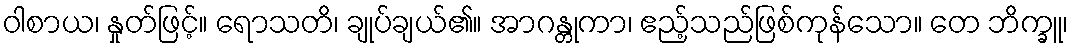
ဝါစာယ၊ နှုတ်ဖြင့်။ ရောသတိ၊ ချုပ်ချယ်၏။ အာဂန္တုကာ၊ ဧည့်သည်ဖြစ်ကုန်သော။ တေ ဘိက္ခူ၊